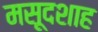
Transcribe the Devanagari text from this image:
मसूदशाह